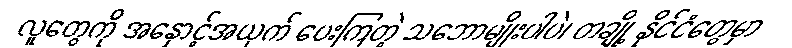
လူတွေကို အနှောင့်အယှက် ပေးကြတဲ့ သဘောမျိုးပါပဲ၊ တချို့ နိုင်ငံတွေမှာ